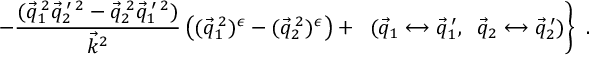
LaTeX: \left. \ - \frac { ( \vec { q } _ { 1 } ^ { \: 2 } \vec { q } _ { 2 } ^ { \: \prime \: 2 } - \vec { q } _ { 2 } ^ { \: 2 } \vec { q } _ { 1 } ^ { \: \prime \: 2 } ) } { { \vec { k } } _ { { } } ^ { 2 } } \left( ( \vec { q } _ { 1 } ^ { \: 2 } ) ^ { \epsilon } - ( \vec { q } _ { 2 } ^ { \: 2 } ) ^ { \epsilon } \right) + \; \; ( \vec { q } _ { 1 } \longleftrightarrow \vec { q } _ { 1 } ^ { \: \prime } , \; \; \vec { q } _ { 2 } \longleftrightarrow \vec { q } _ { 2 } ^ { \: \prime } ) \right\} ~ .